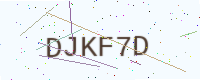
Text: DJKF7D